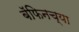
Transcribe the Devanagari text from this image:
बॅफिनच्या